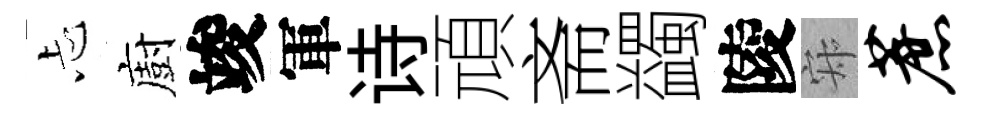
忐廚竣軍诗頑斋蠲陵寂蔗